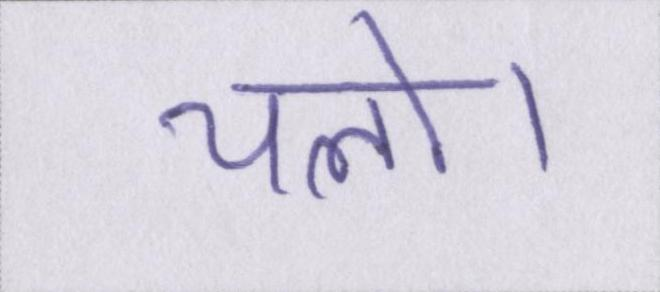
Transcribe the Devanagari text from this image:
चलो।